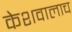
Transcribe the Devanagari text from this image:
केशवालाच